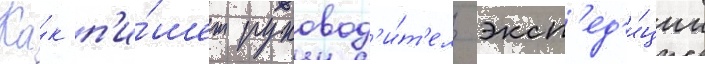
Ка́к п'и́шет руковод'и́т'ель эксп'ед'и́ции